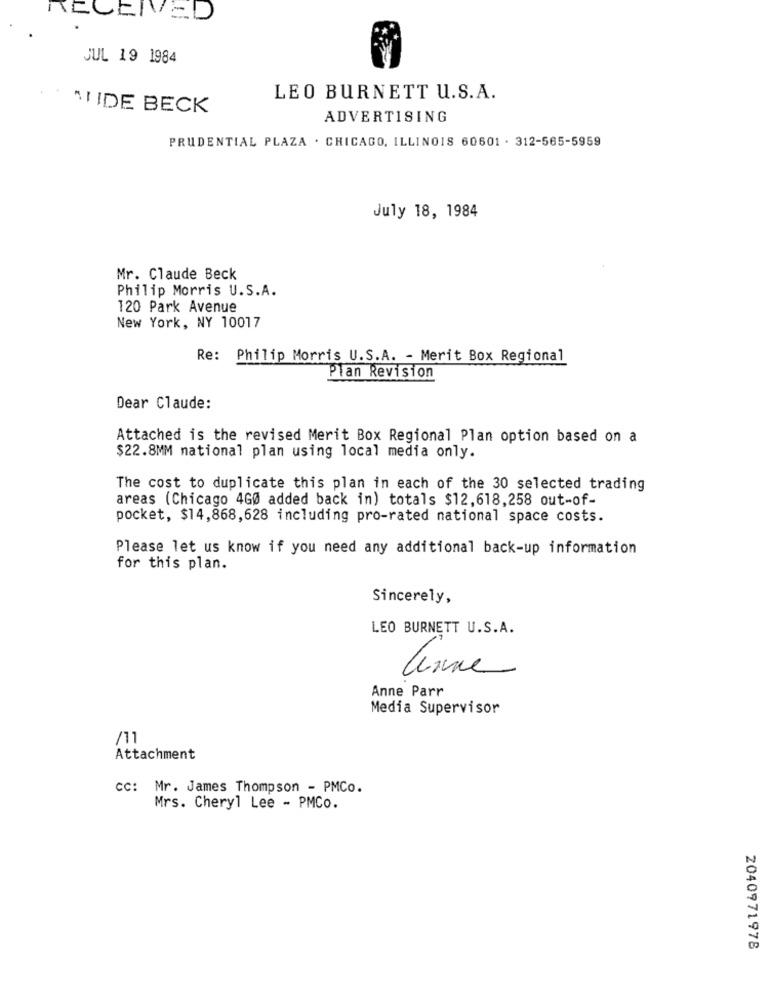
JUL 19 1984
LEO BURNETT U.S.A.
"IIDE BECK
ADVERTISING
PRUDENTIAL PLAZA . CHICAGO, ILLINOIS 60601 . 312-565-5959
July 18, 1984
Mr. Claude Beck
Philip Morris U.S.A.
120 Park Avenue
New York, NY 10017
Re: Philip Morris U.S.A. - Merit Box Regional
Plan Revision
Dear Claude:
Attached is the revised Merit Box Regional Plan option based on a
$22.8MM national plan using local media only.
The cost to duplicate this plan in each of the 30 selected trading
areas (Chicago 4GØ added back in) totals $12,618,258 out-of-
pocket, $14,868,628 including pro-rated national space costs.
Please let us know if you need any additional back-up information
for this plan.
Sincerely,
LEO BURNETT U.S.A.
linne
Anne Parr
Media Supervisor
/11
Attachment
CC: Mr. James Thompson - PMCo.
Mrs. Cheryl Lee - PMCo.
2040971978